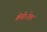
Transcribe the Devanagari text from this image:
श्रेणीःरोम